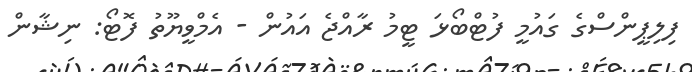
ފިލިޕީންސްގެ ގައުމީ ފުޓްބޯޅަ ޓީމު ރާއްޖެ އައުން - އެމްވީޔޫތު ފޮޓޯ: ނިޝާން